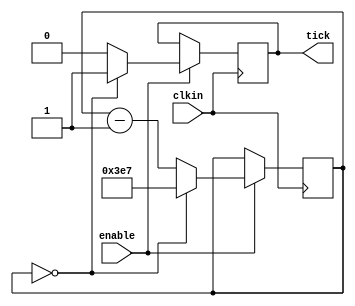
module clktick (
	clkin,		// clock input to the design
	enable,		// enable clk divider
	//N,				// clock division factor is N+1
	tick			// End of port list
	
);

	parameter	N_BIT = 16;
	parameter	N = 999;
	
//---------------- Input Ports-----------------------
	input clkin;
	input enable;
	//input [N_BIT-1:0] N;
	
//---------------- Output Ports----------------------
	output tick;
	
//---------------- Output Ports Data Type ----------------------
// Output port can be a storage element (reg) or a wire
	reg [N_BIT-1:0] count;
	reg tick;
	
	initial tick = 1'b0;
	initial count = 0;
	
//---------------- Main body of this module ----------------------

	always @ (posedge clkin)
		if (enable == 1)
			if(count == 0)
				begin
				tick <= 1'b1;
				count <= N;
				end
			else
				begin
				tick <= 1'b0;
				count <= count - 1'b1;
				end

endmodule